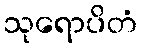
သုရောပိတံ